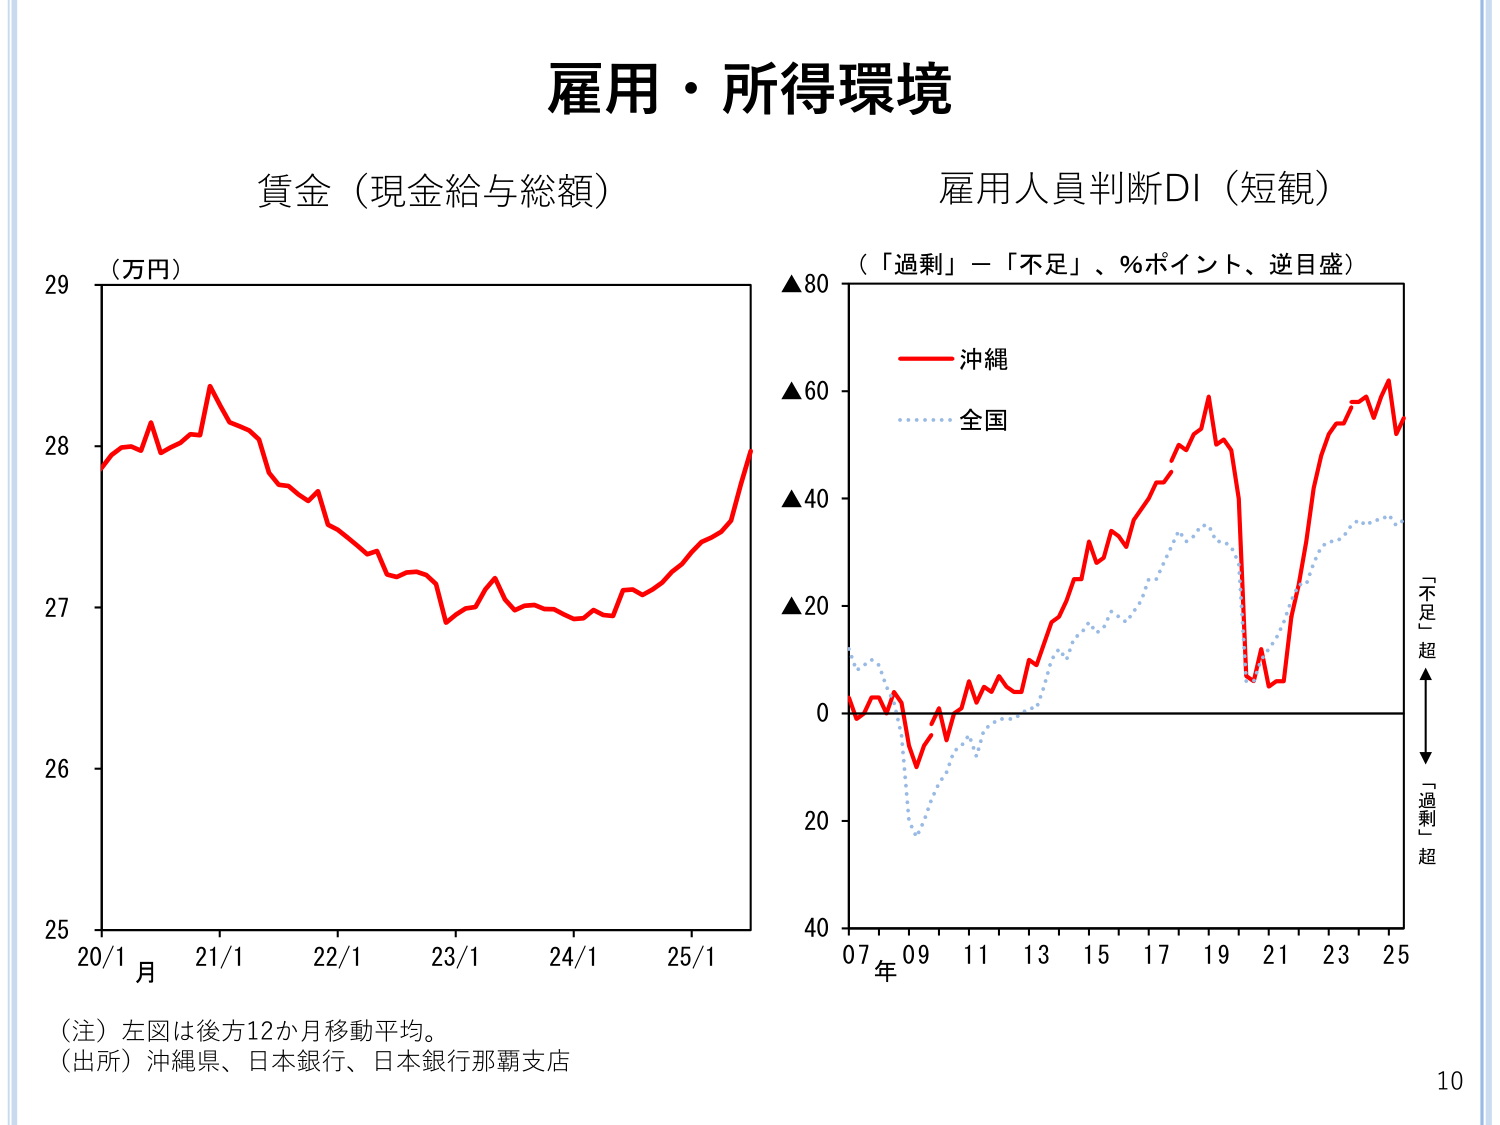
雇用・所得環境

賃金（現金給与総額）
（万円）
29
28
27
26
25
20/1 21/1 22/1 23/1 24/1 25/1
月

雇用人員判断DI（短観）
（「過剰」－「不足」、％ポイント、逆目盛）
▲80
▲60
▲40
▲20
0
20
40
07 09 11 13 15 17 19 21 23 25
年
ー沖縄
…全国
「不足」超
「過剰」超

（注）左図は後方12か月移動平均。
（出所）沖縄県、日本銀行、日本銀行那覇支店

10